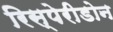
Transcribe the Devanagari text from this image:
रिस्पेरीडोन